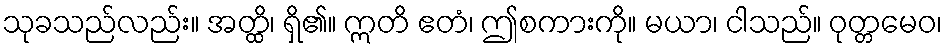
သုခသည်လည်း။ အတ္ထိ၊ ရှိ၏။ ဣတိ ဧတံ၊ ဤစကားကို။ မယာ၊ ငါသည်။ ဝုတ္တမေဝ၊